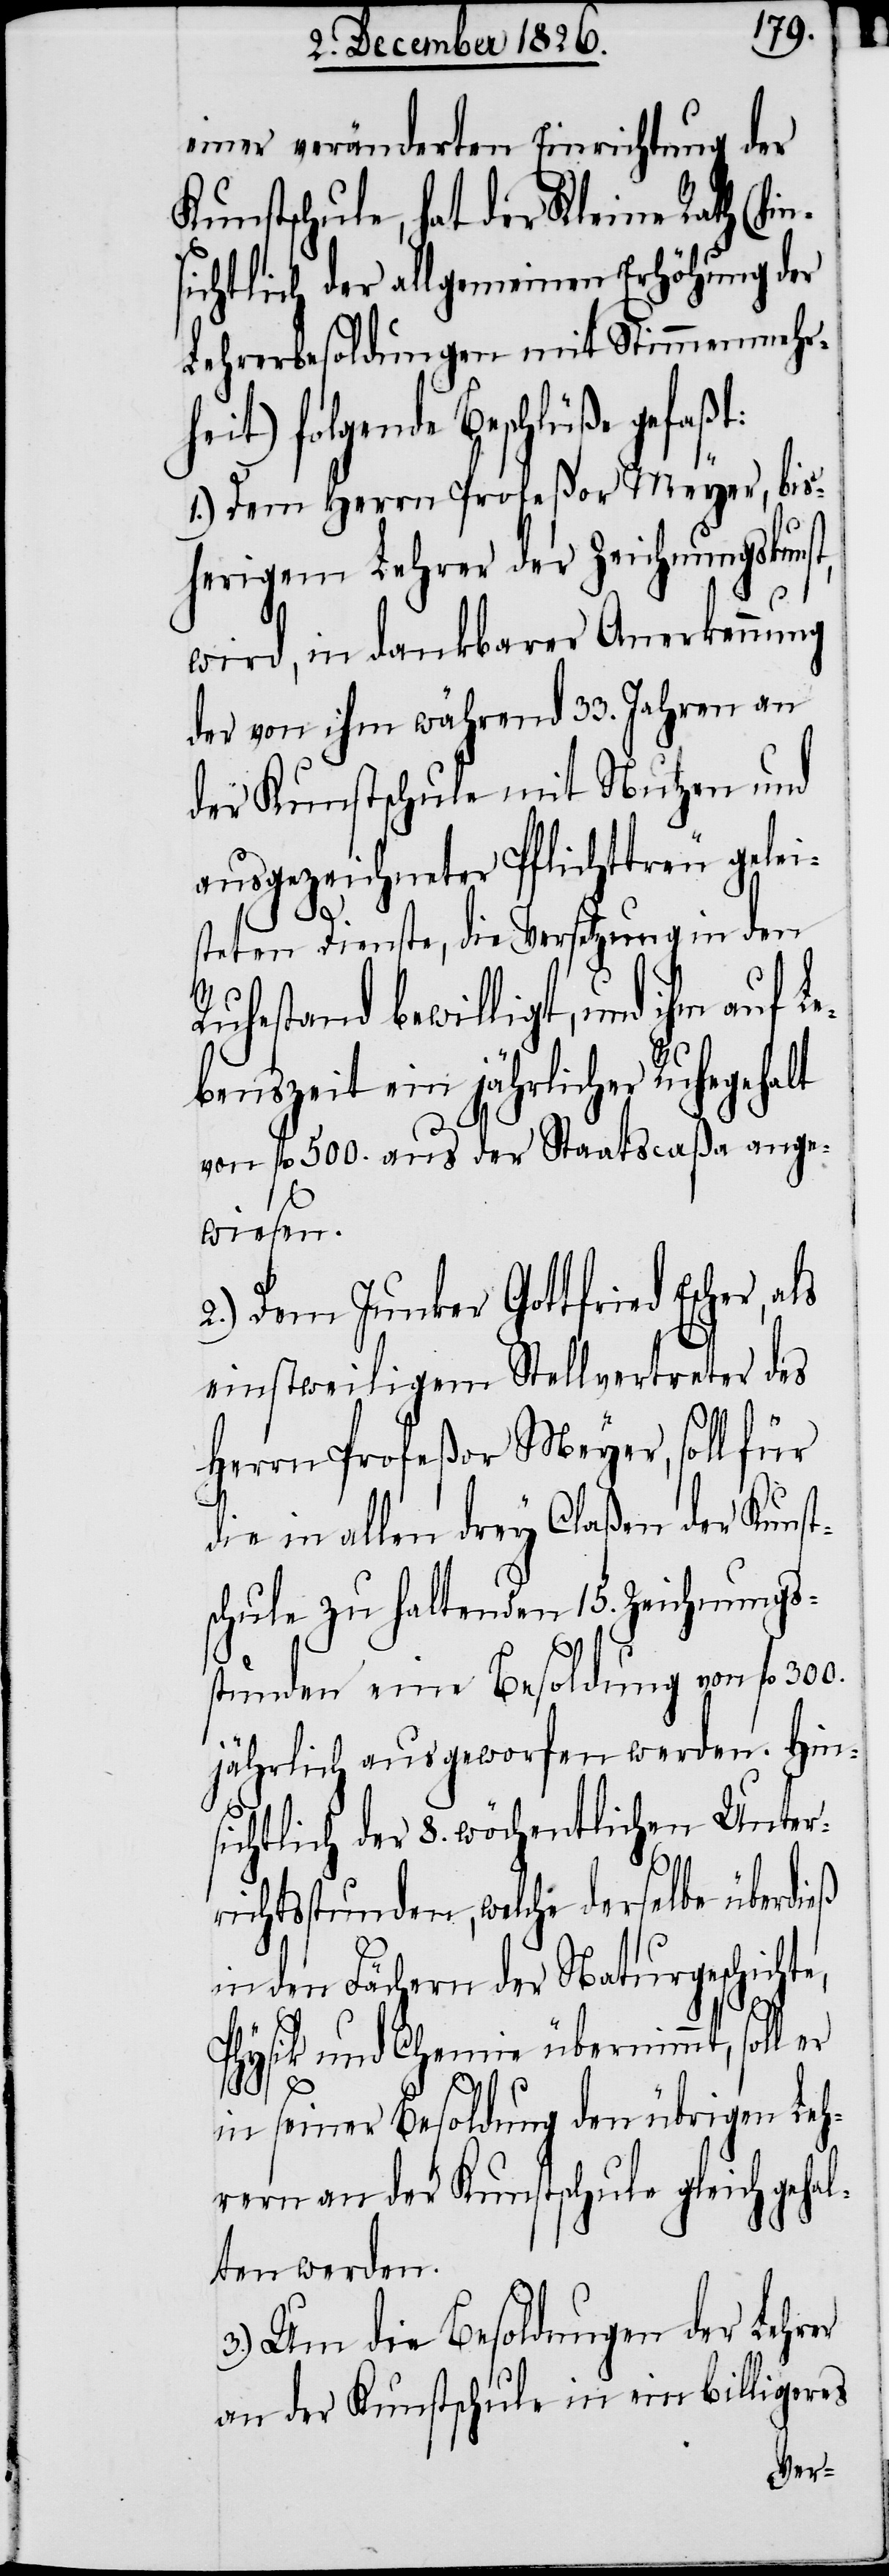
einer veränderten Einrichtung der
Kunstschule, hat der Kleine Rath (hin¬
sichtlich der allgemeinen Erhöhung der
Lehrerbesoldungen mit Stimmenmehrh¬
eit) folgende Beschlüße gefaßt:
1.) Dem Herrn Profeßor Meyer, bis¬
herigem Lehrer der Zeichnungskunst,
wird, in dankbarer Anerkennung
der von ihm während 33. Jahren an
der Kunstschule mit Nutzen und
ausgezeichneter Pflichttreu gelei¬
steten Dienste, die Versetzung in den
Ruhestand bewilligt, und ihm auf L¬
ebenszeit ein jährlicher Ruhegehalt
von fl. 500. aus der Staatscaßa ange¬
wiesen.
2.) Dem Junker Gottfried Escher,
einstweiligem Stellvertreter des
Herrn Profeßor Meyer, soll für
die in allen drey Claßen der Kunst¬
schule zu haltenden 15. Zeichnungs¬
stunden eine Besoldung von fl.
jährlich ausgeworfen werden. Hin¬
sichtlich der 8. wöchentlichen Unter¬
richtsstunden, welche derselbe überdieß
in den Fächern der Naturgeschichte,
Physik und Chemie übernimmt, soll
in seiner Besoldung den übrigen Leh¬
rern an der Kunstschule gleich gehal¬
ten werden.
3.) Um die Besoldung der Lehrer
an der Kunstschule in ein billigeres